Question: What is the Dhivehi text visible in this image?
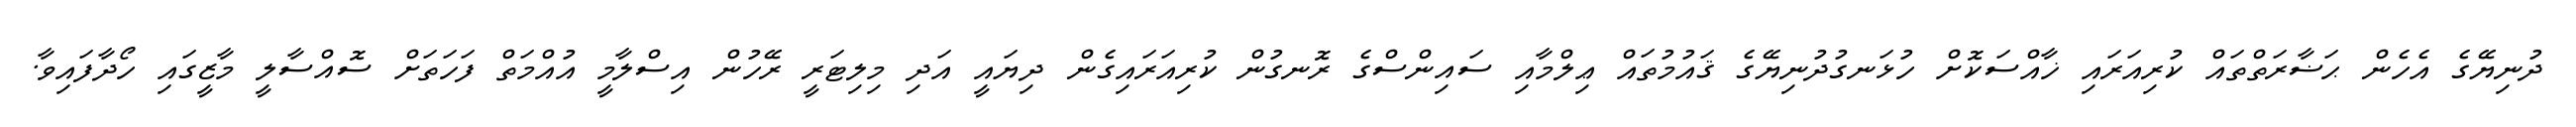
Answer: ދުނިޔޭގެ އެހެން ޙަޟާރަތްތައް ކުރިއަރައި ޚާއްސަކޮށް ހުޅަނގުދުނިޔޭގެ ޤައުމުތައް ޢިލްމާއި ސައިންސްގެ ރޮނގުން ކުރިއަރައިގެން ދިޔައީ އަދި މިލިޓަރީ ރޭހުން އިސްލާމީ އުއްމަތް ފަހަތަށް ސޮއްސާލީ މާޒީގައި ހޯދާފައިވާ.